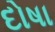
દોષા